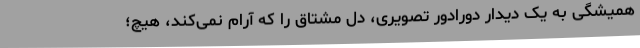
همیشگی به یک دیدار دورادور تصویری، دل مشتاق را که آرام نمی‌کند، هیچ؛